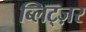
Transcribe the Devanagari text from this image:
ब्लिट्ज़र